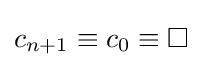
{\textstyle c_{n+1}\equiv c_{0}\equiv \Box }